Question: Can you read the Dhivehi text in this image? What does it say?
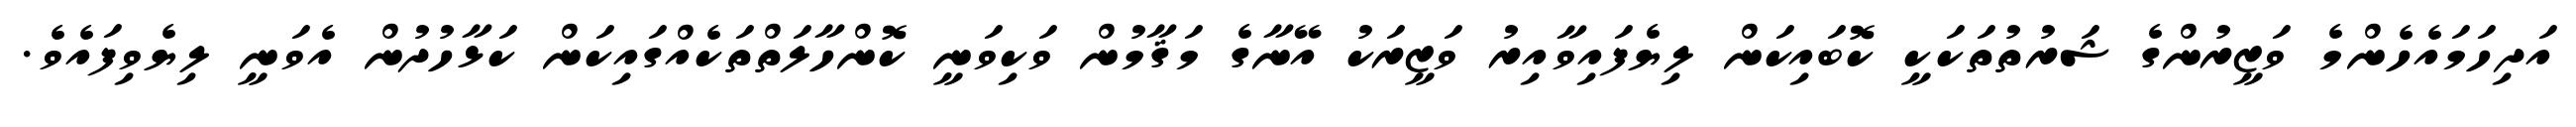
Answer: އަދިހަމައެހެންމެ ވަޒީރުންގެ ޝަރުތުތަކަކީ ކޮބައިކަން ލިޔެފައިވާއިރު ވަޒީރަކު އޭނާގެ މަޤާމުން ވަކިވަނީ ކޮންހާލަތްތަކެއްގައިކަން ކަޅާހުދުން އެވަނީ ލިޔެވިފައެވެ.